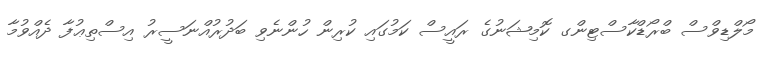
މޯލްޑިވްސް ބްރޯޑްކާސްޓިންގ ކޮމިޝަނުގެ ރައީސް ކަމުގައި ކުރިން ހުންނެވި ބަދުރުއްނަސީރު އިސްތިޢުފާ ދެއްވުމާ